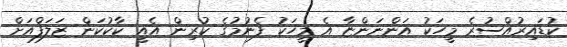
ކުޑައިރުއްސުރެ މީހަކު އަންނަންޏާ އެ މީހަކު ފެނުމުގެ ކުރިން އެއީ ކާކުކަން ޒަލަފްއަށް